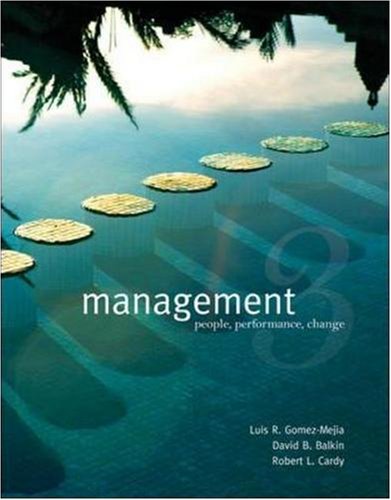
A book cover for Management with Online Learning Center with Premium Content Card; Luis Gomez-Mejia; Computers & Technology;